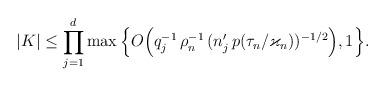
LaTeX: \begin{align*}|K|\le\prod_{j=1}^d\max\Big\{O\Big(q_j^{-1}\,\rho_n^{-1}\,(n'_j\,p(\tau_n/\varkappa_n))^{-1/2}\Big),1\Big\}. \end{align*}